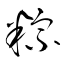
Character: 粽